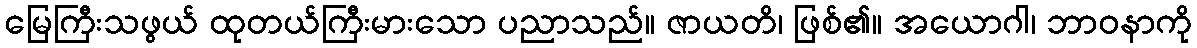
မြေကြီးသဖွယ် ထုတယ်ကြီးမားသော ပညာသည်။ ဇာယတိ၊ ဖြစ်၏။ အယောဂါ၊ ဘာဝနာကို